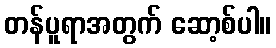
တန်ပူရာအတွက် ဆော့စ်ပါ။